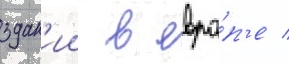
здан'ии в евро́п'е /